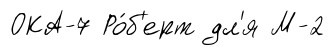
ОКА-7 Ро́б'ерт дл'я М-2